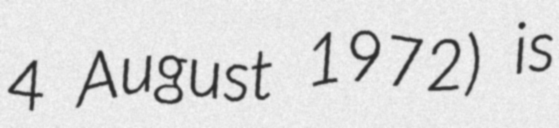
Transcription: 4 August 1972) is